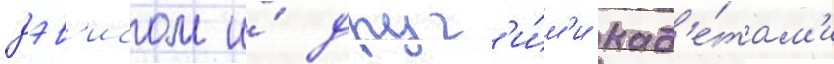
дэв'исом и́ друг'и́м'и кад'е́там'и